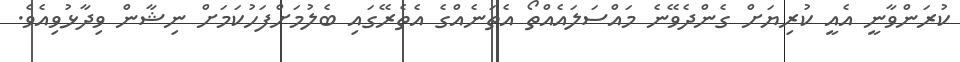
ކުރަންވާނީ އެއީ ކުރިޔަށް ގެންދެވޭނެ މައްސަލައެއްތޯ އެތަނެއްގެ އެތެރޭގައި ބެލުމަށްފަހުކަމަށް ނިޝާން ވިދާޅުވިއެވެ.